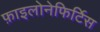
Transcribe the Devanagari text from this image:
फ़ाइलोनेफिर्टिस